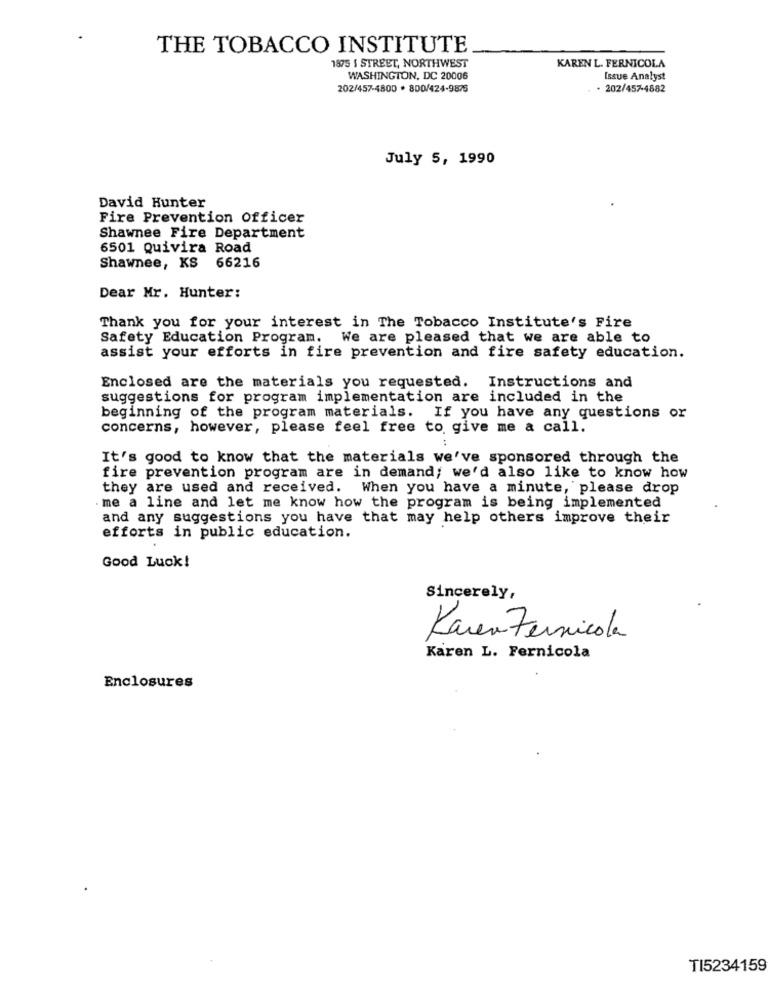
THE TOBACCO INSTITUTE
1875 { STREET, NORTHWEST
KAREN L. FERNICOLA
WASHINGTON, DC 20006
Issue Analyst
202/457-4800 . 800/424-9875
- 202/457-4882
July 5, 1990
David Hunter
Fire Prevention Officer
Shawnee Fire Department
6501 Quivira Road
Shawnee, KS 66216
Dear Mr. Hunter:
Thank you for your interest in The Tobacco Institute's Fire
Safety Education Program. We are pleased that we are able to
assist your efforts in fire prevention and fire safety education.
Enclosed are the materials you requested. Instructions and
suggestions for program implementation are included in the
beginning of the program materials. If you have any questions or
concerns, however, please feel free to give me a call.
It's good to know that the materials we've sponsored through the
fire prevention program are in demand; we'd also like to know how
they are used and received. When you have a minute, please drop
me a line and let me know how the program is being implemented
and any suggestions you have that may help others improve their
efforts in public education.
Good Luck!
Sincerely,
Karen Fernicola
Karen L. Fernicola
Enclosures
TI5234159